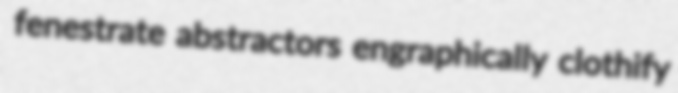
fenestrate abstractors engraphically clothify